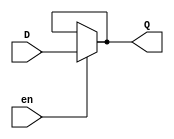
//D latch using continuous assignment
module d_latch(en,D,Q);
input en,D;
output Q;
assign Q=en?D:Q;//using conditional operator
endmodule